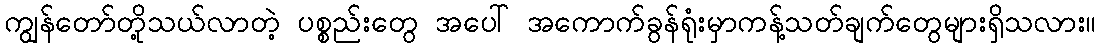
ကျွန်တော်တို့သယ်လာတဲ့ ပစ္စည်းတွေ အပေါ် အကောက်ခွန်ရုံးမှာကန့်သတ်ချက်တွေများရှိသလား။